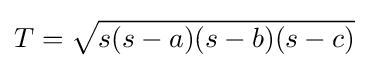
T={\sqrt {s(s-a)(s-b)(s-c)}}